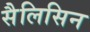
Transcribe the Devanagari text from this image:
सैलिसिन